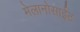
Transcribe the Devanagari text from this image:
मेलानोसाईट